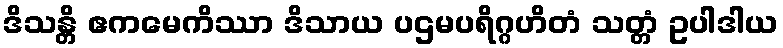
ဒိသန္တိ ဧကမေကိဿာ ဒိသာယ ပဌမပရိဂ္ဂဟိတံ သတ္တံ ဥပါဒါယ